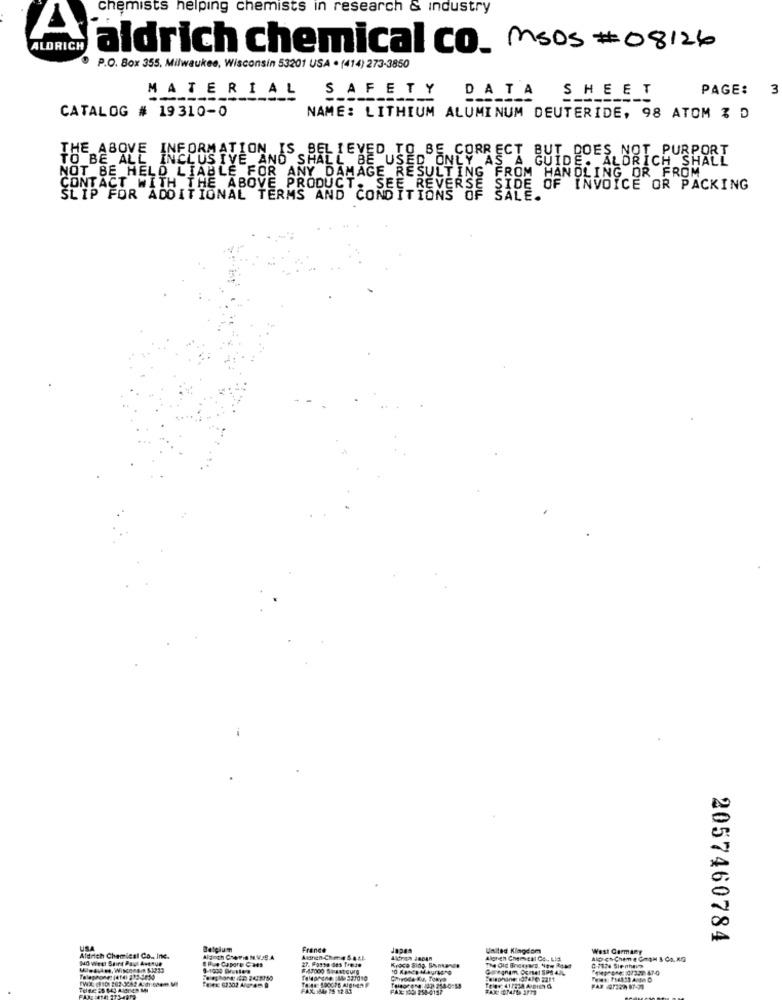
chemists helping chemists in research & industry
ALDRICH
aldrich chemical co_ msos # 08126
P.O. Box 355, Milwaukee, Wisconsin 53201 USA . (414) 273-3850
HEET
PAGE:
3
MATERIAL SAFETY DATA SHE
CATALOG # 19 310-0
NAME: LITHIUM ALUMINUM DEUTERIDE, 98 ATOM % D
THE ABOVE INFORMATION IS BELIEVED TO BE CORRECT BUT DOES NOT PURPORT
TO BE ALL INCLUSIVE AND SHALL BE USED ONLY AS A GUIDE. ALDRICH SHALL
NOT BE HELD LIABLE FOR ANY DAMAGE RESULTING FROM HANDLING OR FROM
CONTACT WITH THE ABOVE PRODUCT. SEE REVERSE SIDE OF INVOICE OR PACKING
SLIP FOR ADDITIONAL TERMS AND CONDITIONS OF SALE.
2057460784
USA
Belgium
France
United Kingdom
West Germany
Aldrich Chemical Co ., Inc.
MO West Saint Paul Avenue
Aldinch Cherie N.V. S.A
@ Pue Capore Caes
Aldrien Chme S.a.t.L.
27. Fosse des Treze
Algren Chemes Co ., LId
A06+-Cheme GROH & Co. KG
F-47000 SHEstours
0-7824 Sie nhay
Chirode Ky, Towye
TOBe ES BEJ AIBDER MI
FAX :84, 75 12 84
FAX: 109 258-0157